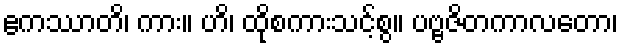
ဧကဿာတိ၊ ကား။ ဟိ၊ ထိုစကားသင့်စွ။ ပဗ္ဗဇိတကာလတော၊